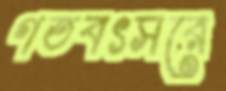
গতবৎসরে